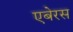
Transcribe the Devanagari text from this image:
एबेरस